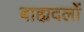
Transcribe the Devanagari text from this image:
बाह्यदलों